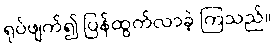
ရုပ်ဖျက်၍ ပြန်ထွက်လာခဲ့ ကြသည်။